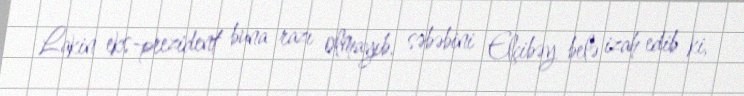
Lakin eks-prezident buna razı olmayıb, səbəbini Elçibəy belə izah edib ki,